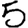
Digit: 5